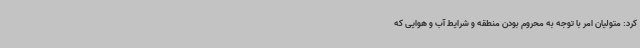
کرد: متولیان امر با توجه به محروم بودن منطقه و شرایط آب و هوایی که